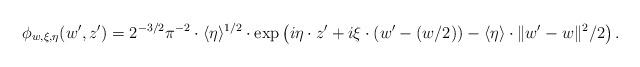
LaTeX: \begin{align*}\phi_{w,\xi,\eta}(w',z')=2^{-3/2} \pi^{-2}\cdot \langle\eta\rangle^{1/2}\cdot \exp\left(i\eta \cdot z'+i\xi \cdot (w'-(w/2))-\langle \eta\rangle\cdot \|w'-w\|^2/2 \right).\end{align*}